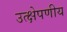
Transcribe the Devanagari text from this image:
उत्क्षेपणीय